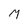
Character: M